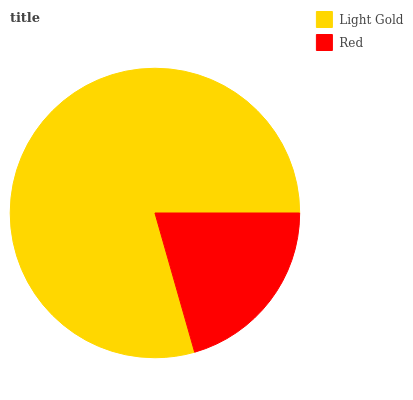
| Light Gold | Red |
 | --- | --- |
 | 79.5% | 20.5% |